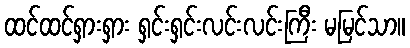
ထင်ထင်ရှားရှား ရှင်းရှင်းလင်းလင်းကြီး မမြင်သာ။